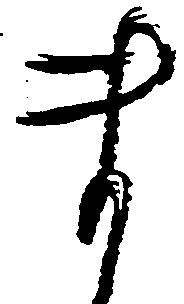
ま